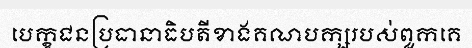
បេក្ខជនប្រធានាធិបតីខាងគណបក្សរបស់ពួកគេ